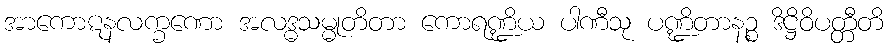
အာကောဋနလက္ခဏော အလဒ္ဓသမ္မုတိတာ ကောရဏ္ဍိယ ပါဏီသု ပဏ္ဍိတာနဉ္စ ဒိဋ္ဌိဝိပတ္တီတိ